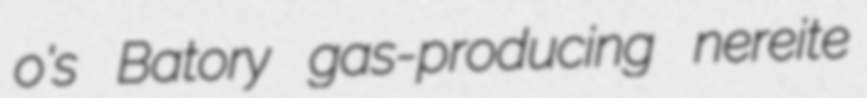
o's Batory gas-producing nereite